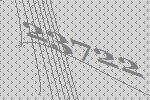
23722